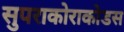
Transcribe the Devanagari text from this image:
सुपराकोराकोडस